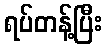
ရပ်တန့်ပြီး